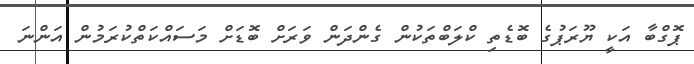
ޕޮގްބާ އަކީ ޔޫރަޕުގެ ބޮޑެތި ކްލަބްތަކުން ގެންދަން ވަރަށް ބޮޑަށް މަސައްކަތްކުރަމުން އަންނަ